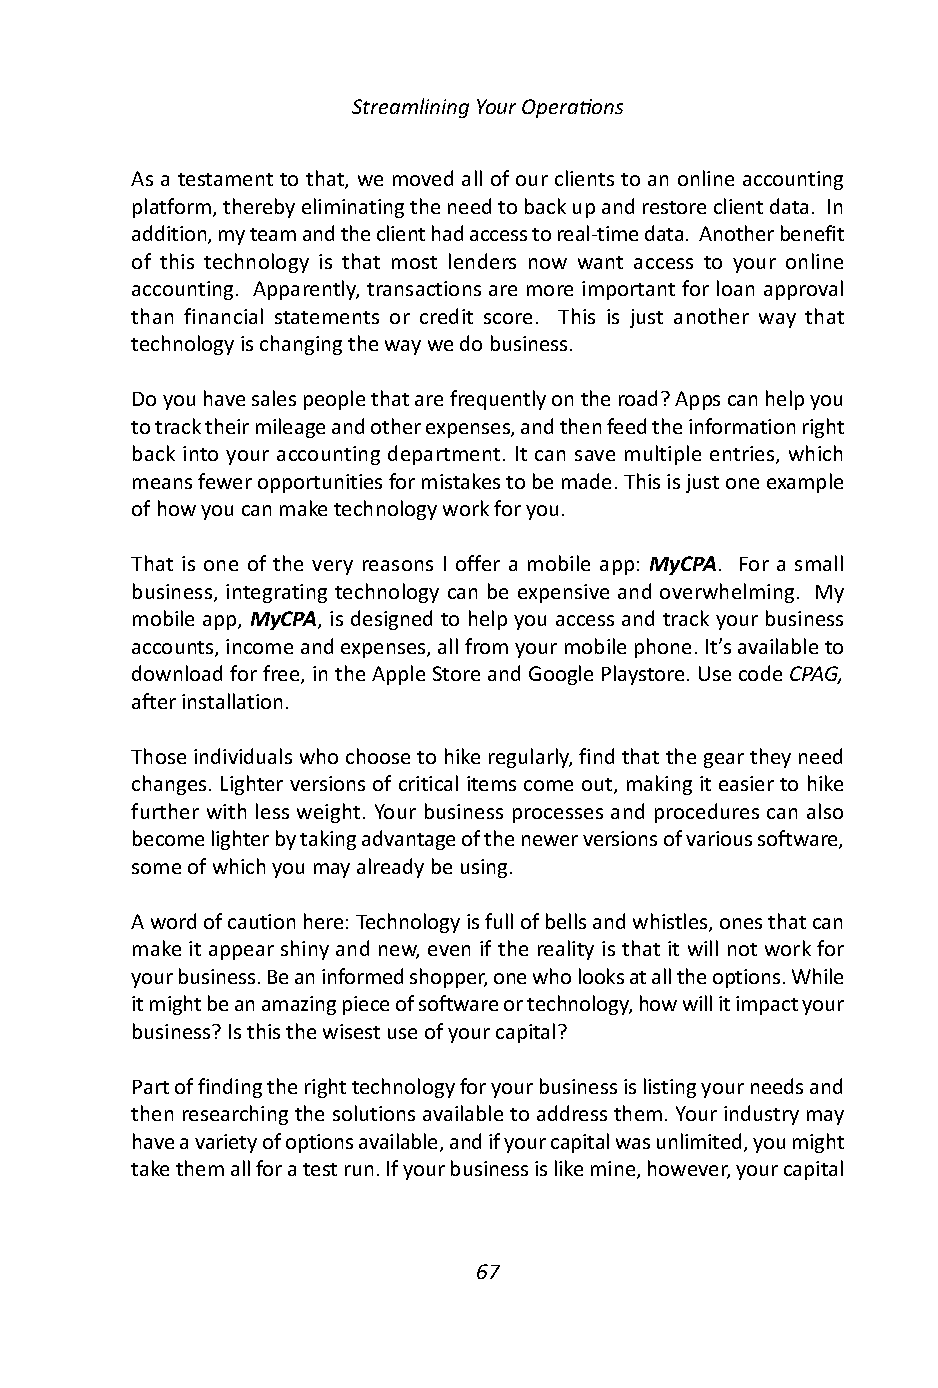
Streamlining Your Operations
 As a testament to that, we moved all of our clients to an online accounting
 platform, thereby eliminating the need to back up and restore client data. In
 addition, my team and the client had access to real-time data. Another benefit
 of this technology is that most lenders now want access to your online
 accounting. Apparently, transactions are more important for loan approval
 than financial statements or credit score. This is just another way that
 technology is changing the way we do business.
 Do you have sales people that are frequently on the road? Apps can help you
 to track their mileage and other expenses, and then feed the information right
 back into your accounting department. It can save multiple entries, which
 means fewer opportunities for mistakes to be made. This is just one example
 of how you can make technology work for you.
 That is one of the very reasons I offer a mobile app: MyCPA. For a small
 business, integrating technology can be expensive and overwhelming. My
 mobile app, MyCPA, is designed to help you access and track your business
 accounts, income and expenses, all from your mobile phone. It’s available to
 download for free, in the Apple Store and Google Playstore. Use code CPAG,
 after installation.
 Those individuals who choose to hike regularly, find that the gear they need
 changes. Lighter versions of critical items come out, making it easier to hike
 further with less weight. Your business processes and procedures can also
 become lighter by taking advantage of the newer versions of various software,
 some of which you may already be using.
 A word of caution here: Technology is full of bells and whistles, ones that can
 make it appear shiny and new, even if the reality is that it will not work for
 your business. Be an informed shopper, one who looks at all the options. While
 it might be an amazing piece of software or technology, how will it impact your
 business? Is this the wisest use of your capital?
 Part of finding the right technology for your business is listing your needs and
 then researching the solutions available to address them. Your industry may
 have a variety of options available, and if your capital was unlimited, you might
 take them all for a test run. If your business is like mine, however, your capital
 67